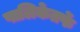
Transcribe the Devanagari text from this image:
पालिकेतर्फे